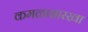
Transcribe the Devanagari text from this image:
कमळासारखा